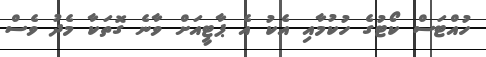
ހުއްޓަސް ކޯޓުގެ ހުކުމާއި އެކު އެ ޕާޓީއަށް ވާނެ ގޮތަކާ މެދު ވެސް